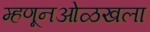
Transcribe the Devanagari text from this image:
म्हणूनओळखला